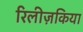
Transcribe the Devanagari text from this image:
रिलीज़किया